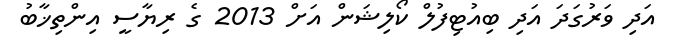
އަދި ވަރުގަދަ އަދި ބިއުޓިފުލް ކޯލިޝަން އަށް 2013 ގެ ރިޔާސީ އިންތިޚާބު